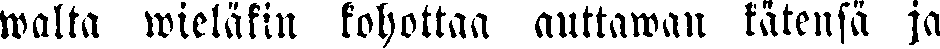
walta wieläkin kohottaa auttawan kätensä ja